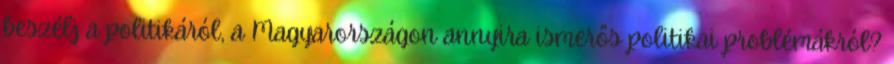
beszélj a politikáról, a Magyarországon annyira ismerős politikai problémákról?